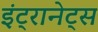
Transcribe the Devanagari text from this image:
इंट्रानेट्स